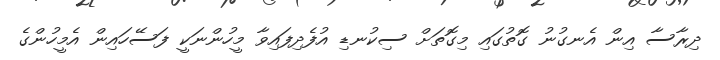
ދިރާސާ އިން އެނގުނު ގޮތުގައި މިގޮތަށް ސިކުނޑި އުފެދިފައިވާ މީހުންނަކީ ފަސޭހައިން އެމީހުންގެ